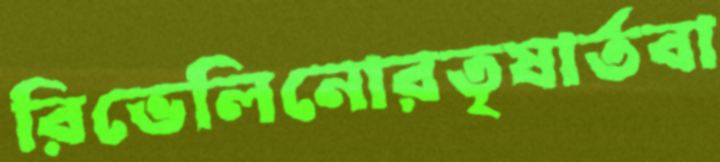
রিভেলিনোরতৃষার্তবা